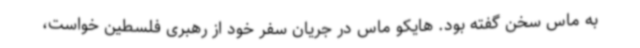
به ماس سخن گفته بود. هایکو ماس در جریان سفر خود از رهبری فلسطین خواست،